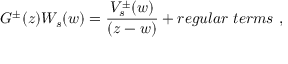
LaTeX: G ^ { \pm } ( z ) W _ { s } ( w ) = { \frac { V _ { s } ^ { \pm } ( w ) } { ( z - w ) } } + r e g u l a r \ t e r m s \ ,